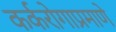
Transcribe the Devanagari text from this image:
कर्करोगाप्रमाणे